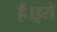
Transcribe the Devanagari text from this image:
हैं।इसे